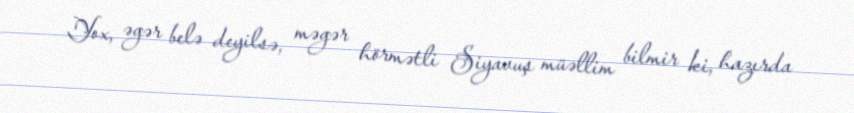
Yox, əgər belə deyilsə, məgər hörmətli Siyavuş müəllim bilmir ki, hazırda